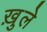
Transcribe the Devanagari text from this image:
ख़ुले